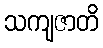
သကျဇာတိ